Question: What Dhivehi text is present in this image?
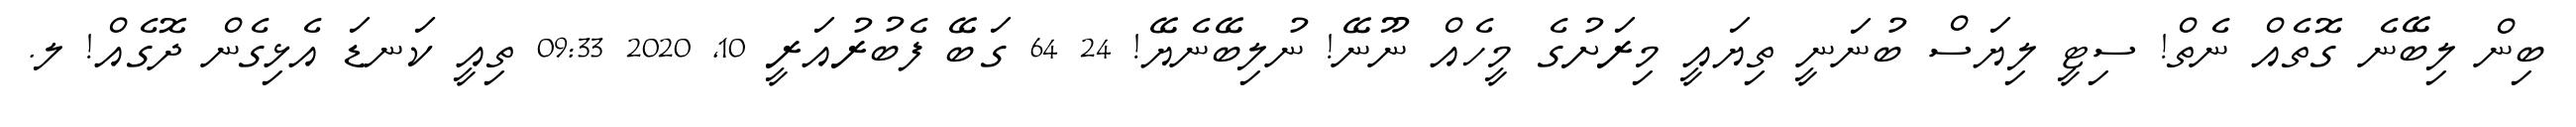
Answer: ބިން ލިބޭނެ ގޮތެއް ނެތް! ސިޓީ ލިޔަސް ބުނަނީ ތިޔައީ މިރަށުގެ މީހެއް ނޫނޭ! ނުލިބޭނެޔޭ! 24 64 ގަބޭ ފެބުރުއަރީ 10, 2020 09:33 ތިއީ ކަނޑަ އެޅިގެން ދޮގެއް! ލ.